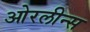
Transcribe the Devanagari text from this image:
ओरलीन्स